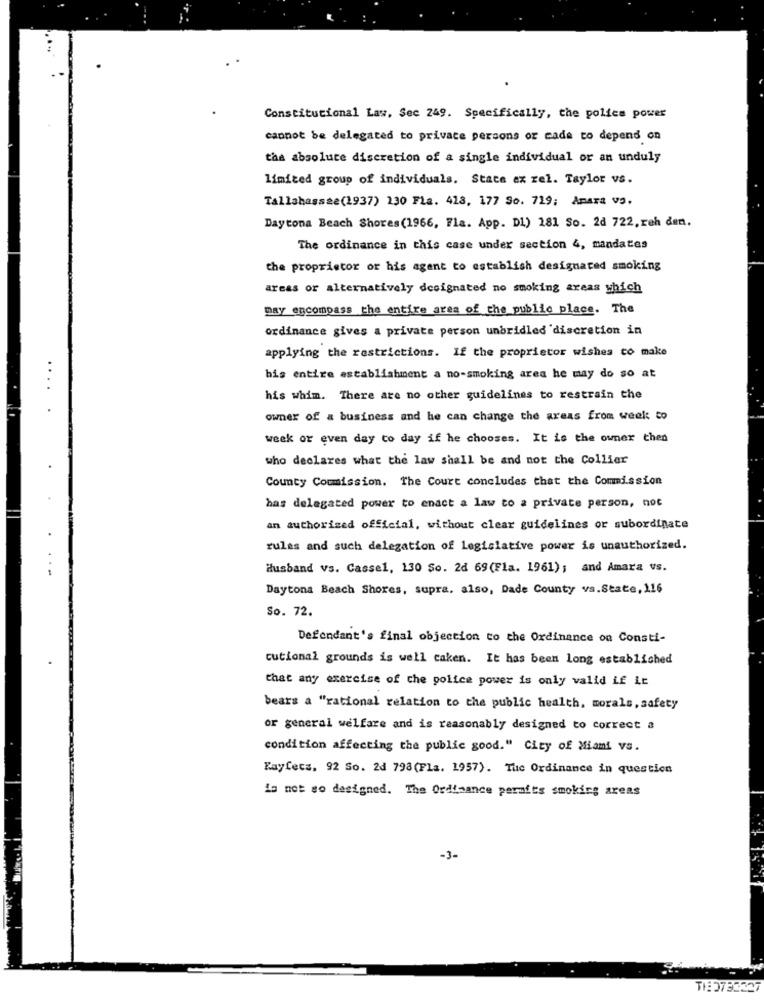
Constitutional Law, Sec 249. Specifically, the police power
cannot be delegated to private persons or cada to depend on
the absolute discretion of a single individual or an unduly
limited group of individuals. Stace ex rel. Taylor vs.
Tallahassee(1937) 130 Fla. 413, 177 So. 719; Amara vo.
Daytona Beach Shores(1966, Fla. App. D1) 181 So. 2d 722, reh den.
The ordinance in this case under section 4, mandates
the proprietor or his agent to establish designated smoking
areas or alternatively designated no smoking areas which
may encompass the entire area of the public place. The
ordinance gives a private person unbridled discretion in
applying the restrictions. If the proprietor wishes to make
bis entire establishment a no-smoking area he may do so at
his whim. There are no other guidelines to restrain the
owner of a business and he can change the areas from week to
week or even day to day if he chooses. It is the owner then
who declares what the law shall be and not the Collier
County Commission. The Court concludes that the Commission
has delegated power to enact a law to a private person, not
an authorized official, without clear guidelines or subordinate
rules and such delegation of legislative power is unauthorized.
Husband vs. Cassel, 130 So. 2d 69(Fla. 1961); and Amara vs.
Daytona Beach Shores, supra. also, Dade County vs.State, 116
So. 72.
Defendant's final objection to the Ordinance on Consti-
cutional grounds is well caken. It has been long established
that any exercise of the police power is only valid if ir
bears a "rational relation to the public health, morals, safety
or general welfare and is reasonably designed to correct a
condition affecting the public good." City of Miami VS.
Kayfets. 92 So. 2d 798(Fla. 1957). Tue Ordinance in question
is not go designed. The Ordinance perafts smoking areas
-3-
THE3732527